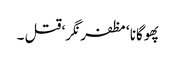
پھوگانا ‘ مظفر نگر‘ قتل ۔